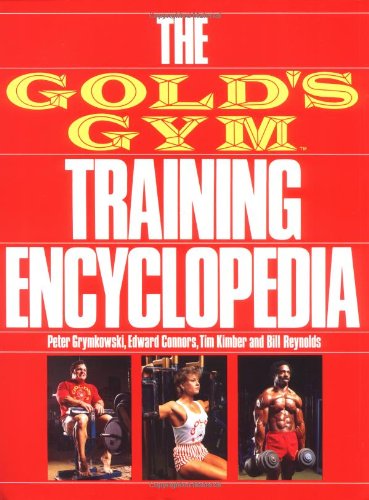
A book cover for The Gold's Gym Training Encyclopedia; Peter Grymkowski; Sports & Outdoors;